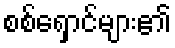
စစ်ရှောင်များ၏